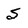
Character: S